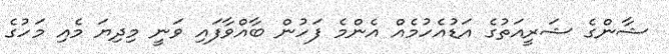
ޝާންގެ ޝަރީއަތުގެ އަޑުއެހުމެއް އެންމެ ފަހުން ބާއްވާފައި ވަނީ މިދިޔަ މެއި މަހުގެ